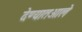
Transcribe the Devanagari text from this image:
देण्यातआले